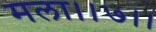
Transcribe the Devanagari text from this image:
मला।।७।।